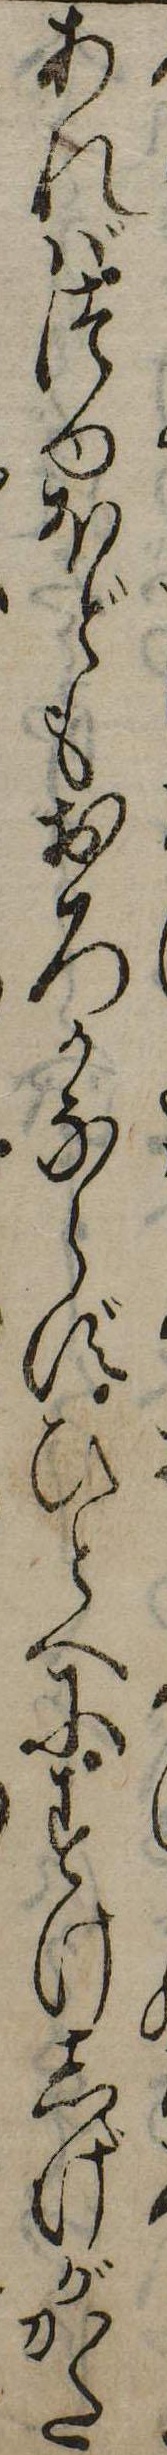
あればつゆほどもおろかならずひとへにすけしげがかた